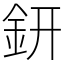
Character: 鈃